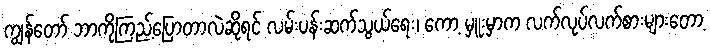
ကျွန်တော် ဘာကိုကြည့်ပြောတာလဲဆိုရင် လမ်းပန်းဆက်သွယ်ရေး၊ ကော့ မှူးမှာက လက်လုပ်လက်စားများတော့